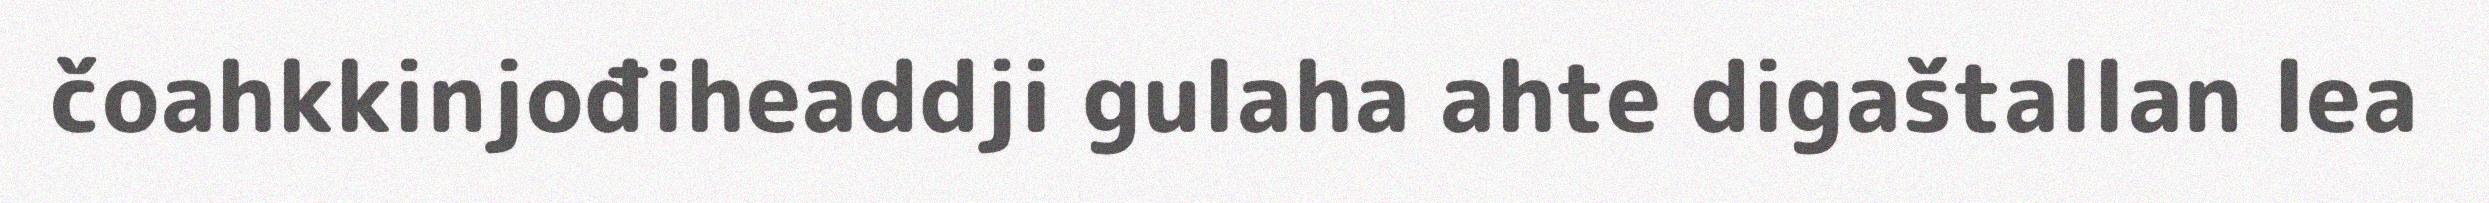
čoahkkinjođiheaddji gulaha ahte digaštallan lea